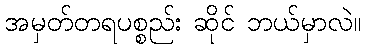
အမှတ်တရပစ္စည်း ဆိုင် ဘယ်မှာလဲ။